Madras plague regulations and rules - Volume 1
Disease focus: Plague
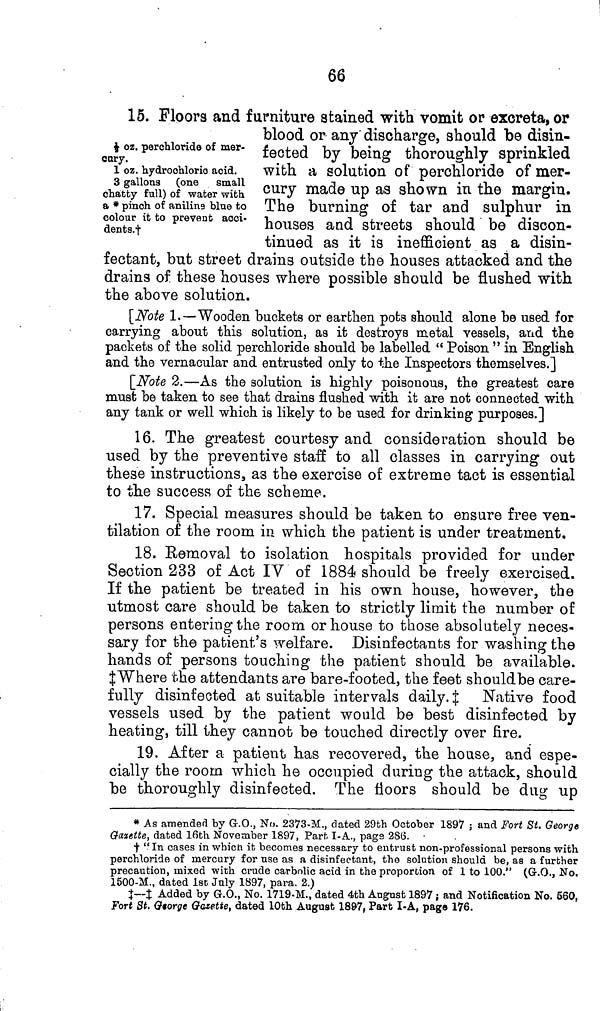
66
‡ oz. perchloride of mer-
cnry.
1 oz. hydrochloric acid.
3 gallons (one small
chatty full) of water with
a * pinch of aniline blue to
colour it to prevent aoci-
dents.†
15. Floors and furniture stained with vomit or excreta, or
blood or any discharge, should be disin-
fected by being thoroughly sprinkled
with a solution of perchloride of mer-
cury made up as shown in the margin.
The burning of tar and sulphur in
houses and streets should be discon-
tinued as it is inefficient as a disin-
fectant, but street drains outside the houses attacked and the
drains of these houses where possible should be flushed with
the above solution.
[Note 1.—Wooden buckets or earthen pots should alone he used for
carrying about this solution, as it destroys metal vessels, and the
packets of the solid perchloride should be labelled " Poison " in English
and the vernacular and entrusted only to the Inspectors themselves.]
[Note 2.—As the solution is highly poisonous, the greatest care
must be taken to see that drains flushed with it are not connected with
any tank or well which is likely to be used for drinking purposes.]
16. The greatest courtesy and consideration should be
used by the preventive staff to all classes in carrying out
these instructions, as the exercise of extreme tact is essential
to the success of the scheme.
17. Special measures should be taken to ensure free ven-
tilation of the room in which the patient is under treatment.
18. Removal to isolation hospitals provided for under
Section 233 of Act IV of 1884 should be freely exercised.
If the patient be treated in his own house, however, the
utmost care should be taken to strictly limit the number of
persons entering the room or house to those absolutely neces-
sary for the patient's welfare. Disinfectants for washing the
hands of persons touching the patient should be available.
‡ Where the attendants are bare-footed, the feet should be care-
fully disinfected at suitable intervals daily. $ Native food
vessels used by the patient would be best disinfected by
heating, till they cannot be touched directly over fire.
19. After a patient has recovered, the house, and espe-
cially the room which he occupied during the attack, should
be thoroughly disinfected. The floors should be dug up
* As amended by G.O., No. 2373-M., dated 29th October 1897 ; and Fort St. Georg
Gazette, dated 16th November 1897, Part I-A., page 286.
† " In cases in which it becomes necessary to entrust non-professional persons with
perchloride of mercury for use as a disinfectant, the solution should be, as a further
precaution, mixed with crude carbolic acid in the proportion of 1 to 100." (G.O., No
1500-M., dated 1st July 1897, para. 2.)
‡--‡ Added by G.O., No. 1719-M., dated 4th August 1897 ; and Notification No. 560
Fort St. George Gazette, dated 10th August 1897, Part I-A, page 176.